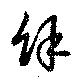
余